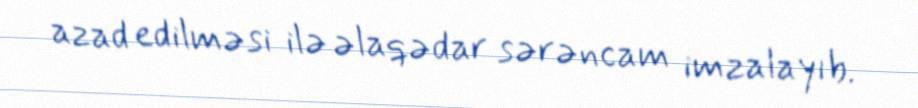
azad edilməsi ilə əlaqədar sərəncam imzalayıb.